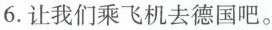
6.让我们乘飞机去德国吧。